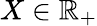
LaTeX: X\in\mathbb{R}_{+}